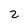
Character: 2